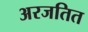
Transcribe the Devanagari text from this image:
अरजतित